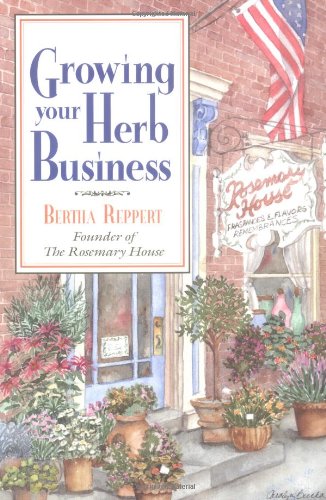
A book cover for Growing Your Herb Business; Bertha Reppert; Crafts, Hobbies & Home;